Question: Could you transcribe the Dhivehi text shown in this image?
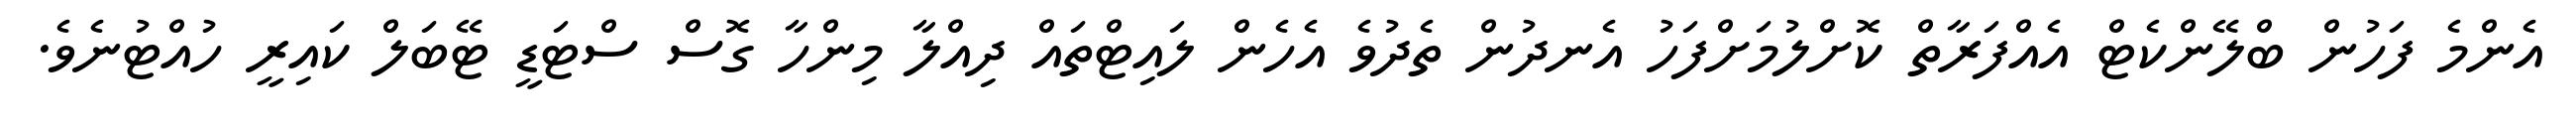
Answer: އެންމެ ފަހުން ބްލޭންކެޓް އެއްފަރާތް ކޮށްލުމަށްފަހު އެނދުން ތެދުވެ އެހެން ލައިޓްތައް ދިއްލާ މިންހާ ގޮސް ސްޓަޑީ ޓޭބަލް ކައިރީ ހުއްޓުނެވެ.